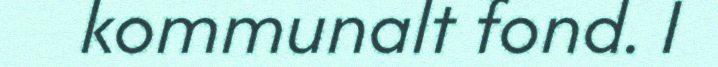
kommunalt fond. I